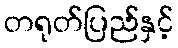
တရုတ်ပြည်နှင့်